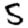
Digit: 5